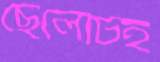
ছেলেটিই